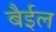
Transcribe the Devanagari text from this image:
बैईल